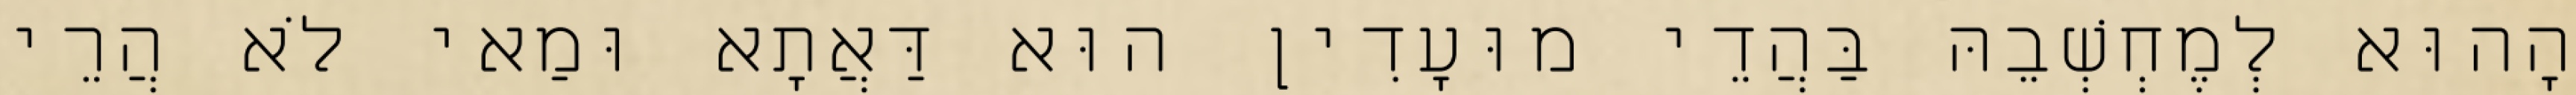
הָהוּא לְמֶחְשְׁבֵהּ בַּהֲדֵי מוּעָדִין הוּא דַּאֲתָא וּמַאי לֹא הֲרֵי